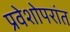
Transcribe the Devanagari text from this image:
प्रवेशोपरांत